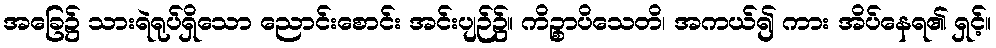
အခြေ၌ သားရဲရုပ်ရှိသော ညောင်းစောင်း အင်းပျဉ်၌။ ကိဉ္စာပိသေတိ၊ အကယ်၍ ကား အိပ်နေရ၏ ရှင့်။